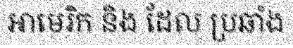
អាមេរិក និង ដែល ប្រឆាំង